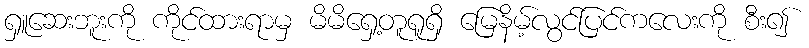
ရှူဆေးဘူးကို ကိုင်ထားရာမှ မိမိရှေ့တူရူရှိ မြေနိမ့်လွင်ပြင်ကလေးကို စီး၍